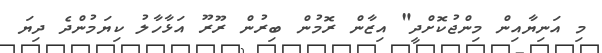
މި އަނިޔާއިން މިންޖުކޮށްދީ" އިޒާން ރޮމުން ބިރުން ރޫރޫ އަޅާހާލު ކިޔަމުންދެ ދިޔަ